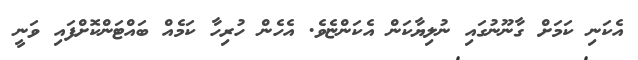
އެކަނި ކަމަށް ގާނޫނުގައި ނުލިޔާކަން އެކަންޏެވެ. އެހެން ހުރިހާ ކަމެއް ބައްޓަންކޮށްފައި ވަނީ